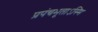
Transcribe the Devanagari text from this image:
प्रपंचभूताऽस्मि